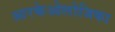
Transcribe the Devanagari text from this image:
आरकेओलोजिका